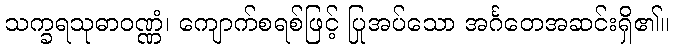
သက္ခရသုဓာဝဏ္ဏံ၊ ကျောက်စရစ်ဖြင့် ပြုအပ်သော အင်္ဂတေအဆင်းရှိ၏။